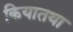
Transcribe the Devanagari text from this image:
कियातथा